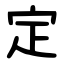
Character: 定